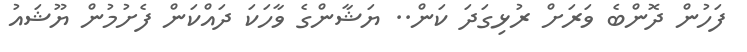
ފަހުން ދޮންބެ ވަރަށް ރުޅިގަދަ ކަން.. ޔަޝާންގެ ވާހަކަ ދައްކަން ފެށުމުން ޔޫޝައު